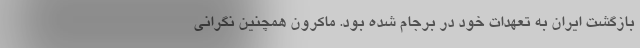
بازگشت ایران به تعهدات خود در برجام شده بود. ماکرون همچنین نگرانی